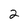
Character: 2